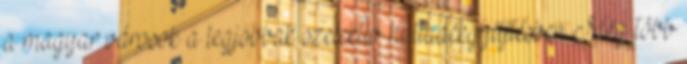
a magyar városok a legjobbak szelektív hulladékgyűjtésben Még több